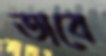
তাবে